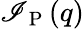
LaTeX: \mathscr{I}_{\mathrm{{~P~}}}(q)